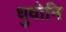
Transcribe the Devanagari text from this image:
धुवोनि